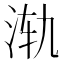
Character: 𱦈